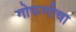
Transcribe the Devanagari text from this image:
गोफणीचा